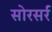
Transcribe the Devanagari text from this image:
सोरसर्र